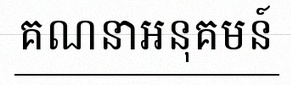
គណនាអនុគមន៍